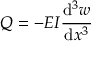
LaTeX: Q = - E I { \cfrac { \mathrm { d } ^ { 3 } w } { \mathrm { d } x ^ { 3 } } }